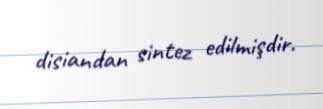
disiandan sintez edilmişdir.